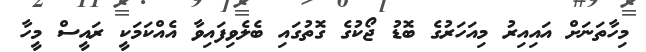
މިހާތަނަށް އައިއިރު މިއަހަރުގެ ބޮޑު ޖޯކުގެ ގޮތުގައި ބެލެވިފައިވާ އެއްކަމަކީ ރައީސް މީހާ